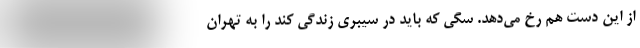
از این دست هم رخ می‌دهد. سگی که باید در سیبری زندگی کند را به تهران